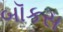
બૉકસ